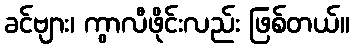
ခင်ဗျား၊ ကွာလီဖိုင်းလည်း ဖြစ်တယ်။